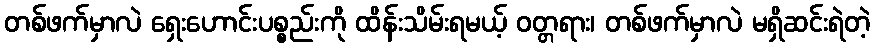
တစ်ဖက်မှာလဲ ရှေးဟောင်းပစ္စည်းကို ထိန်းသိမ်းရမယ့် ဝတ္တရား၊ တစ်ဖက်မှာလဲ မရှိဆင်းရဲတဲ့